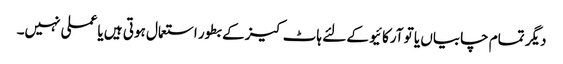
دیگر تمام چابیاں یا تو آرکائیو کے لئے ہاٹ کیز کے بطور استعمال ہوتی ہیں یا عملی نہیں۔